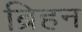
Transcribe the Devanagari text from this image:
ब्रिहन